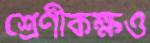
শ্রেণীকক্ষও